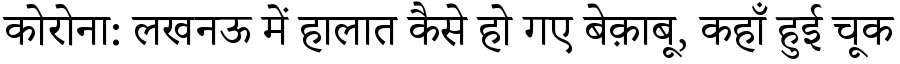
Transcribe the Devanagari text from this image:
कोरोना: लखनऊ में हालात कैसे हो गए बेक़ाबू, कहाँ हुई चूक